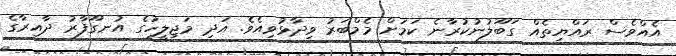
އެއްވެސް ރައްޔިތެއް ގަބޫލުނުކުރާނެ ކަމަށް މެމްބަރު ވިދާޅުވިއެވެ. އަދި މަޖިލީހުގެ އުނގޫފާރު ދާއިރާގެ